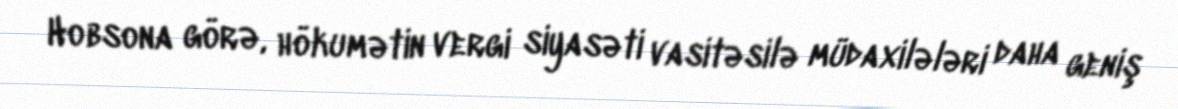
Hobsona görə, hökumətin vergi siyasəti vasitəsilə müdaxilələri daha geniş